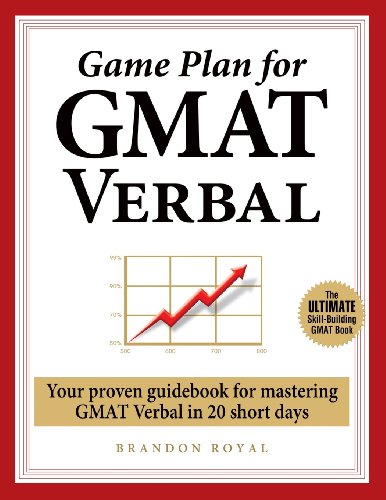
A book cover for Game Plan for GMAT Verbal: Your Proven Guidebook for Mastering GMAT Verbal in 20 Short Days; Brandon Royal; Education & Teaching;